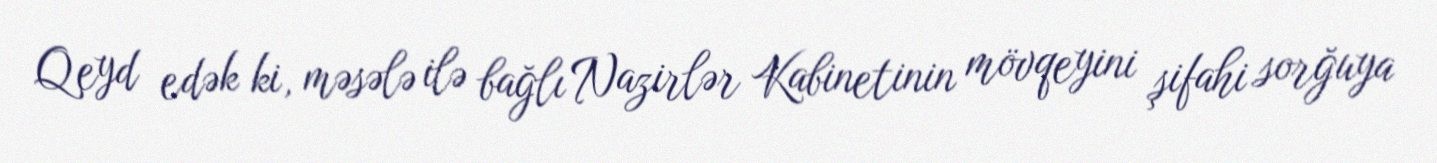
Qeyd edək ki, məsələ ilə bağlı Nazirlər Kabinetinin mövqeyini şifahi sorğuya